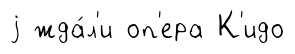
j жда́л'и оп'ера К'идо